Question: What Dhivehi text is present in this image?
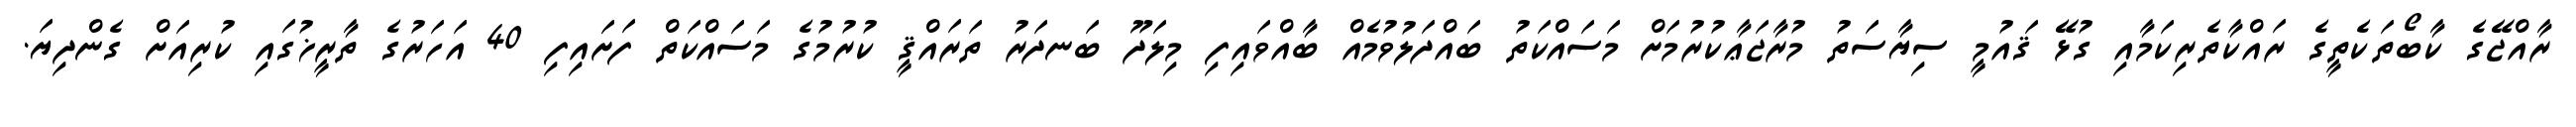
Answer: ރާއްޖޭގެ ކާބޯތަކެތީގެ ރައްކާތެރިކަމާއި ގުޅޭ ޤައުމީ ސިޔާސަތު މުރާޖަޢާކުރުމަށް މަސައްކަތު ބައްދަލުވުމެއް ބާއްވައިފި މިލަދޫ ބަނދަރު ތަރައްޤީ ކުރުމުގެ މަސައްކަތް ފަށައިފި 40 އަހަރުގެ ތާރީޚުގައި ކުރިއަށް ގެންދިޔަ.